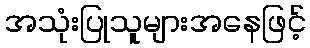
အသုံးပြုသူများအနေဖြင့်